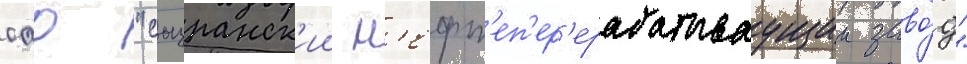
оао "сызранск'ии н'ефт'еп'ер'ерабатываущии заво́д"